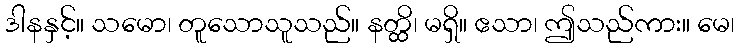
ဒါနနှင့်။ သမော၊ တူသောသူသည်။ နတ္ထိ၊ မရှိ။ ဧသာ၊ ဤသည်ကား။ မေ၊